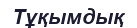
Тұқымдық